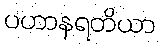
ပဟာနရတိယာ